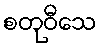
စတုဝီသေ